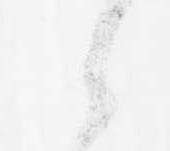
候